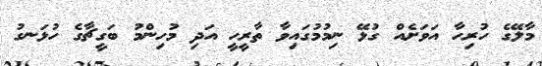
މާލޭގެ ހުރިހާ އަވަށެއް ގުޅޭ ނިމުމުގައިވާ ތާރީހީ އަދި މުހިންމު ބަގީޗާގެ ހުޅަނގު